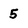
Character: 5